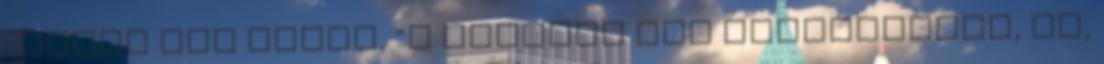
: Akkor más nincs. “a kiscsaj meg hasonlított, ja,